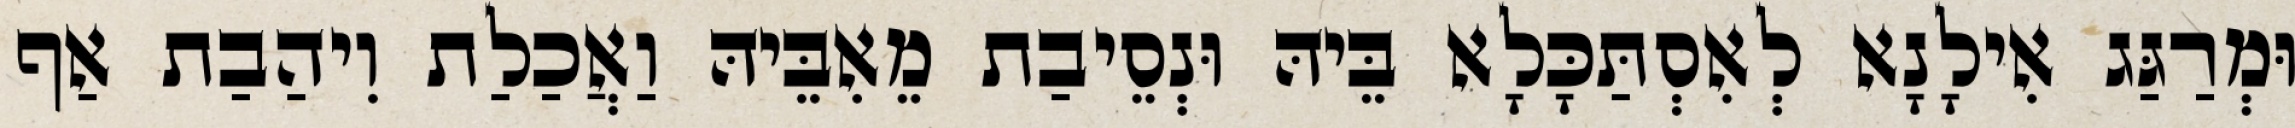
וּמְרַגַּג אִילָנָא לְאִסְתַּכָּלָא בֵּיהּ וּנְסֵיבַת מֵאִבֵּיהּ וַאֲכַלַת וִיהַבַת אַף